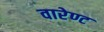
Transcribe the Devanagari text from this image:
वारेण्ट